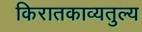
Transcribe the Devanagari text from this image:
किरातकाव्यतुल्य